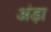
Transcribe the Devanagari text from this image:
अंड़ा